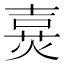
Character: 𤋔